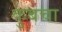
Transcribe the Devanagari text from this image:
कुबचा